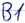
Text: B1